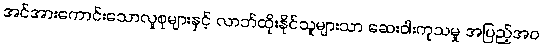
အင်အားကောင်းသောလူစုများနှင့် လာဘ်ထိုးနိုင်သူများသာ ဆေးဝါးကုသမှု အပြည့်အဝ